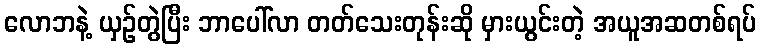
လောဘနဲ့ ယှဉ်တွဲပြီး ဘာပေါ်လာ တတ်သေးတုန်းဆို မှားယွင်းတဲ့ အယူအဆတစ်ရပ်